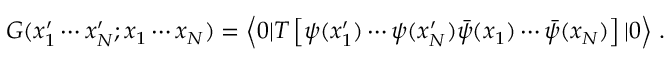
G ( x _ { 1 } ^ { \prime } \cdots x _ { N } ^ { \prime } ; x _ { 1 } \cdots x _ { N } ) = \left< 0 | T \left[ \psi ( x _ { 1 } ^ { \prime } ) \cdots \psi ( x _ { N } ^ { \prime } ) \bar { \psi } ( x _ { 1 } ) \cdots \bar { \psi } ( x _ { N } ) \right] | 0 \right> \, .